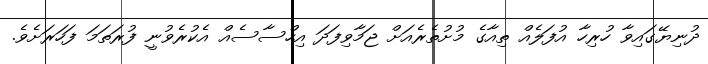
ދުނިޔޭގައިވާ ހުރިހާ އުފަލެއް ތިއާގެ މުށުތެރެއަށް ޖަމާވިފަދަ އިހްސާސެއް އެކުރެވުނީ ފުރަތަމަ ފަހަރަށެވެ.